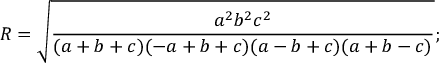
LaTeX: R = { \sqrt { \frac { a ^ { 2 } b ^ { 2 } c ^ { 2 } } { ( a + b + c ) ( - a + b + c ) ( a - b + c ) ( a + b - c ) } } } ;